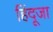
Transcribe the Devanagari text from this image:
हिंदूजा